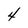
Character: 4